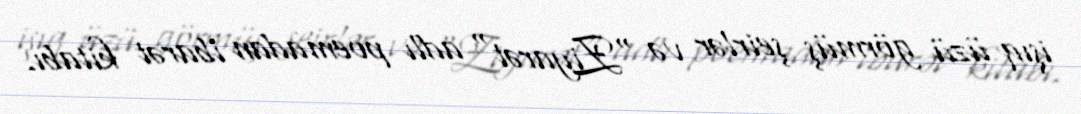
işıq üzü görmüş şeirlər və "Ziyarət" adlı poemadan ibarət kitabı.